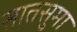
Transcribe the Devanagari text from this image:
सातसुमा